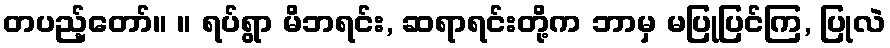
တပည့်တော်။ ။ ရပ်ရွာ မိဘရင်း, ဆရာရင်းတို့က ဘာမှ မပြုပြင်ကြ, ပြုလဲ